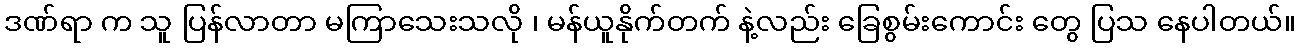
ဒဏ်ရာ က သူ ပြန်လာတာ မကြာသေးသလို ၊ မန်ယူနိုက်တက် နဲ့လည်း ခြေစွမ်းကောင်း တွေ ပြသ နေပါတယ်။